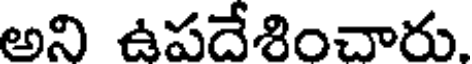
అని ఉపదేశించారు.